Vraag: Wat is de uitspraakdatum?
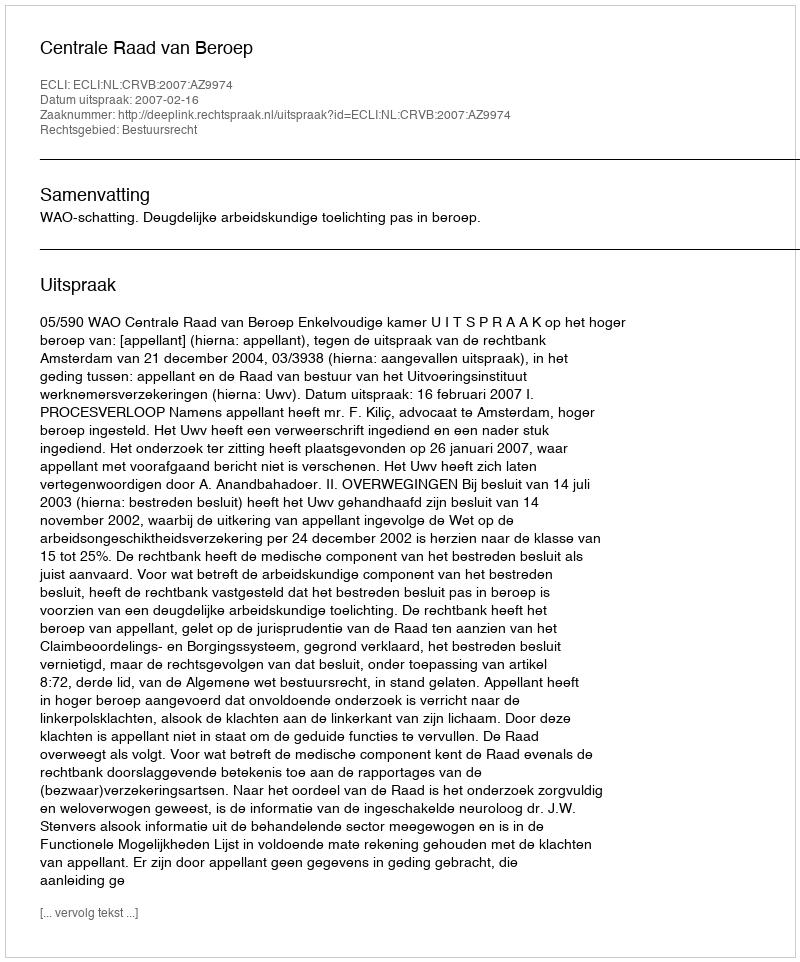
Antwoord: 2007-02-16